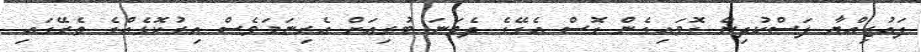
ފައުޒިއްޔާ ފަސްކުދިން ގޮވައިގެން ގޮސް އެގޭގެ ދެވަނަ ބުރިއަށް އެރިނަމަވެސް އިރުކޮޅެއްގެ ތެރޭގައި